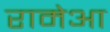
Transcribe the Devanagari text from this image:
रामेआ